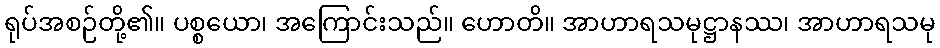
ရုပ်အစဉ်တို့၏။ ပစ္စယော၊ အကြောင်းသည်။ ဟောတိ။ အာဟာရသမုဋ္ဌာနဿ၊ အာဟာရသမု